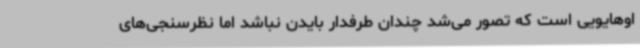
اوهایویی است که تصور می‌شد چندان طرفدار بایدن نباشد اما نظرسنجی‌های